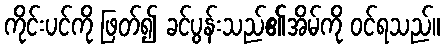
ကိုင်းပင်ကို ဖြတ်၍ ခင်ပွန်းသည်၏အိမ်ကို ဝင်ရသည်။